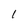
Character: 1